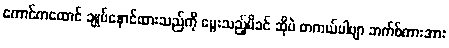
ကောင်ကထောင် ချုပ်နှောင်ထားသည်ကို မွေးသည့်မိခင် ဆိုပဲ တကယ်ပါဗျာ ဘက်စ်ကားအား